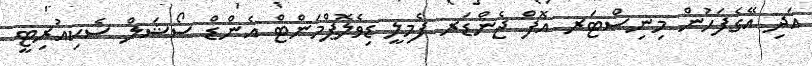
އަދި އޭގެފަހުން މިނިސްޓަރ އޮފް ޖެންޑަރ ފެމިލީ ޑިވެލޮޕްމަންޓް އެންޑް ސޯޝަލް ސެކިއުރިޓީ